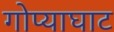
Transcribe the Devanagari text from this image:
गोप्याघाट